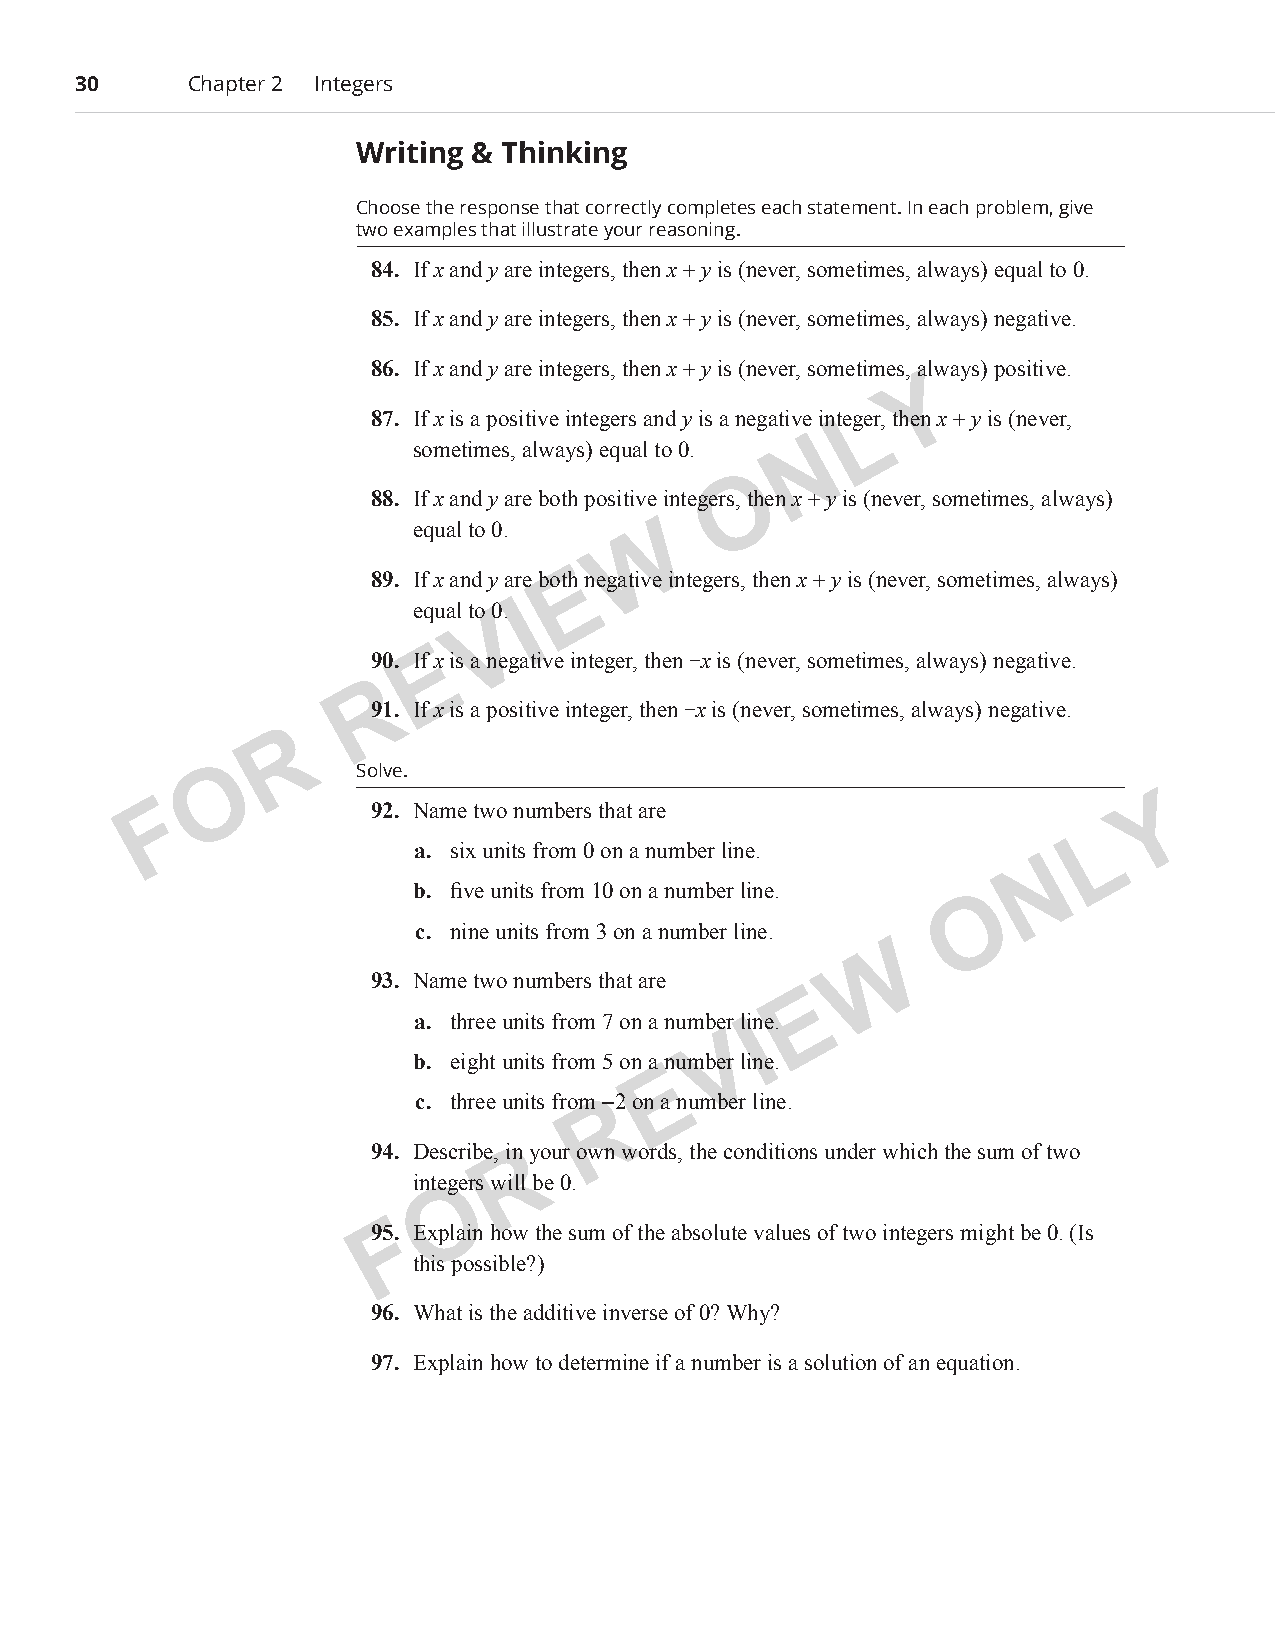
30      Chapter 2 Integers
 Writing & Thinking
 Choose the response that correctly completes each statement. In each problem, give
 two examples that illustrate your reasoning.
 84. If x and y are integers, then x + y is (never, sometimes, always) equal to 0.
 85. If x and y are integers, then x + y is (never, sometimes, always) negative.
 86. If x and y are integers, then x + y is (never, sometimes, alwa ys) positive.
 Y
 87. If x is a positive integers and y is a negative integeLr, then x + y is (never,
 sometimes, always) equal to 0. N
 O
 88. If x and y are both positive integers, then x + y is (never, sometimes, always)
 equal to 0.   W
 89. If x and y are bothE negative integers, then x + y is (never, sometimes, always)
 equal to 0. I
 V
 90. If Ex is a negative integer, then −x is (never, sometimes, always) negative.
 R
 91. If x is a positive integer, then −x is (never, sometimes, always) negative.
 R
 O         Solve.
 F             92. Name two numbers that are                       Y
 L
 a. six units from 0 on a number line.
 N
 b. five units from 10 on a number line.
 O
 c. nine units from 3 on a number line.
 W
 93. Name two numbers that are
 E
 a. three units from 7 on a number line.
 I
 V
 b. eight units from 5 on a number line.
 E
 c. three units from R−2 on a number line.
 94. Describe, iRn your own words, the conditions under which the sum of two
 integers will be 0.
 O
 95F. Explain how the sum of the absolute values of two integers might be 0. (Is
 this possible?)
 96. What is the additive inverse of 0? Why?
 97. Explain how to determine if a number is a solution of an equation.
 PCM_Marketing_Booklet.indb 30                                            10/11/2017 9:59:05 AM